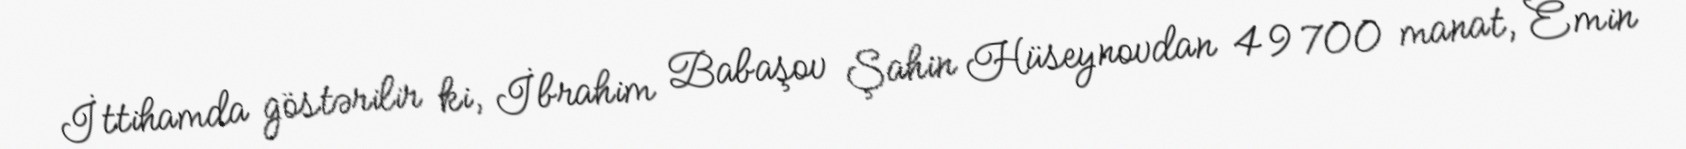
İttihamda göstərilir ki, İbrahim Babaşov Şahin Hüseynovdan 49 700 manat, Emin